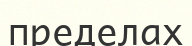
пределах